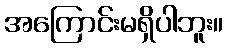
အကြောင်းမရှိပါဘူး။